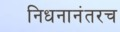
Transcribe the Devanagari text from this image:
निधनानंतरच